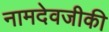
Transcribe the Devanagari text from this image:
नामदेवजीकी